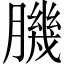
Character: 𦠄